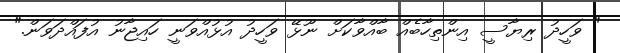
" ވަހީދު ރިޔާސީ އިންތިހާބެއް ބާއްވާކަށް ނޫޅޭ ވަހީދު އުޅުއްވަނީ ހައިޖާނު އުފައްދަވަން."